Medical and sanitary report of the native army of Bengal for the year
Year: 1874
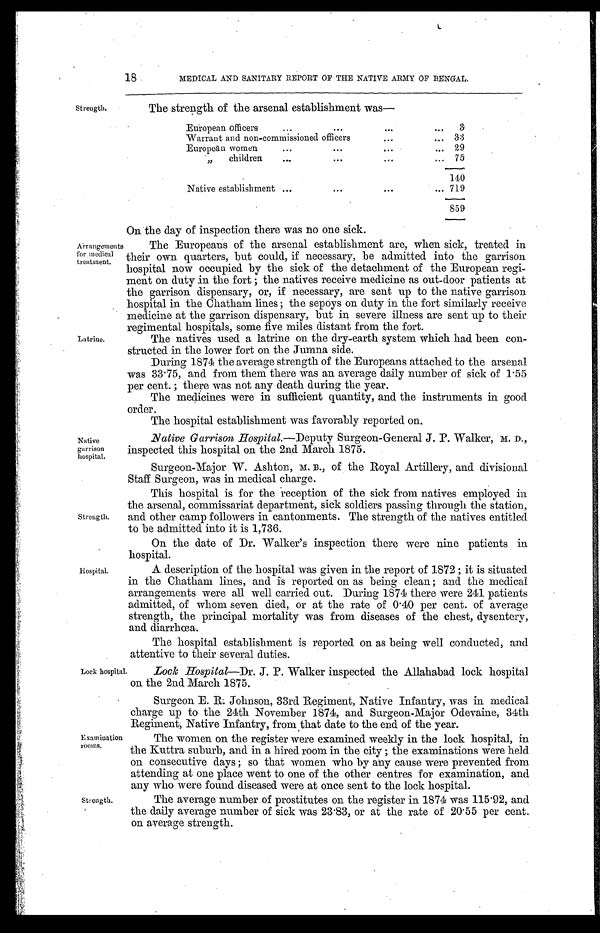
18
MEDICAL AND SANITARY REPORT OF THE NATIVE ARMY OF BENGAL.
Strength.
The strength of the arsenal establishment was—
Arrangements
for medical
treatment.
Latrine.
European officers . . .
3
Warrant and non-commissioned officers . . .
33
Europeān women . . . 29
" children . . . 75
140
Native establishment . . . 719
859
On the day of inspection there was no one sick.
The Europeans of the arsenal establishment are, when sick, treated in
their own quarters, but could, if necessary, be admitted into the garrison
hospital now occupied by the sick of the detachment of the European regi--
ment on duty in the fort; the natives receive medicine as out-door patients at
the garrison dispensary, or, if necessary, are sent up to the native garrison
hospital in the Chatham lines; the sepoys on duty in the fort similarly receive
medicine at the garrison dispensary, but in severe illness are sent up to their
regimental hospitals, some five miles distant from the fort.
The natives used a latrine on the dry-earth system which had been con-
structed in the lower fort on the Jumna side.
During 1874 the average strength of the Europeans attached to the arsenal
was 33.75, and from them there was an average daily number of sick of 1.55
per cent.; there was not any death during the year.
The medicines were in sufficient quantity, and the instruments in good
order.
The hospital establishment was favorably reported on.
Native
garrison
hospital.
Strength.
Hospital.
Native Garrison Hospital.— Deputy Surgeon-General J. P. Walker, M. D.,
inspected this hospital on the 2nd March 1875.
Surgeon-Major W. Ashton, M. B., of the Royal Artillery, and divisional
Staff Surgeon, was in medical charge.
This hospital is for the reception of the sick from natives employed in
the arsenal, commissariat department, sick soldiers passing through the station,
and other camp followers in cantonments. The strength of the natives entitled
to be admitted into it is 1,736.
On the date of Dr. Walker's inspection there were nine patients in
hospital.
A description of the hospital was given in the report of 1872; it is situated
in the Chatham lines, and is reported on as being clean; and the medical
arrangements were all well carried out. During 1874 there were 241 patients
admitted, of whom seven died, or at the rate of 0.40 per cent. of average
strength, the principal mortality was from diseases of the chest, dysentery,
and diarrhœa.
The hospital establishment is reported on as being well conducted, and
attentive to their several duties.
Lock hospital.
Examination
rooms.
Lock Hospital—Dr. J. P. Walker inspected the Allahabad lock hospital
on the 2nd March 1875.
Surgeon E. R. Johnson, 33rd Regiment, Native Infantry, was in medical
charge up to the 24th November 1874, and Surgeon-Major Odevaine, 34th
Regiment, Native Infantry, from that date to the end of the year.
The women on the register were examined weekly in the lock hospital, in
the Kuttra suburb, and in a hired room in the city; the examinations were held
on consecutive days; so that women who by any cause were prevented from
attending at one place went to one of the other centres for examination, and
any who were found diseased were at once sent to the lock hospital.
Strength.
The average number of prostitutes on the register in 1874 was 115.92, and
the daily average number of sick was 23.83, or at the rate of 20.55 per cent.
on average strength.